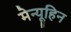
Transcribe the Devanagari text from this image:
मेन्यूहिन